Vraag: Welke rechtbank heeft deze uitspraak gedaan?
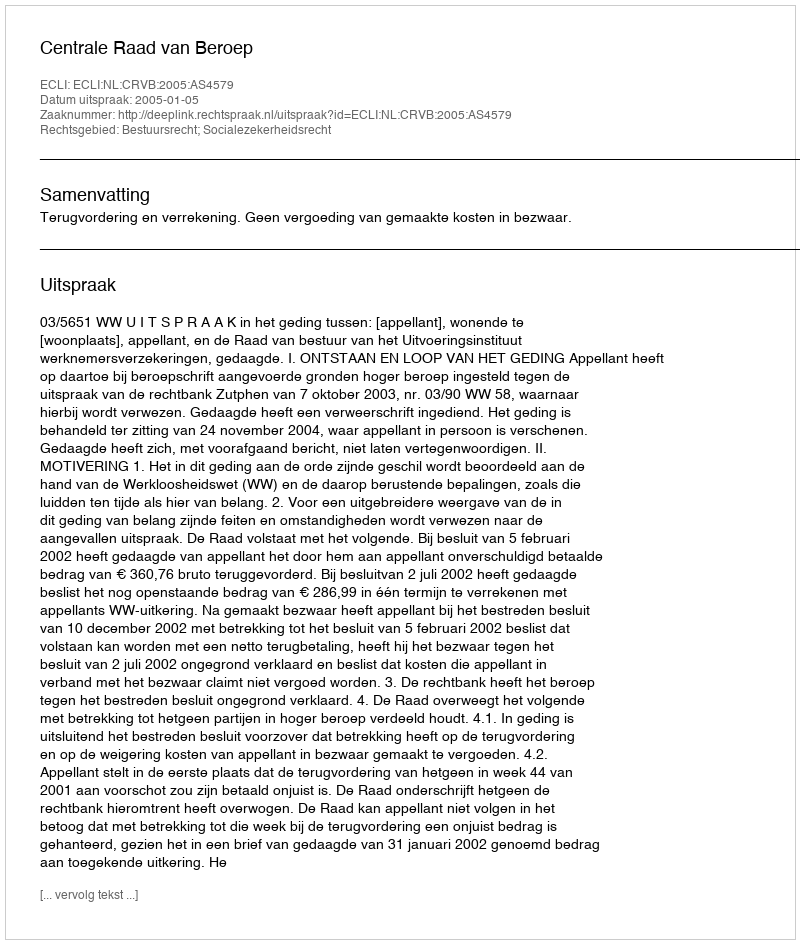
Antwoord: Centrale Raad van Beroep